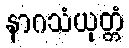
နာဂသံယုတ္တံ